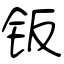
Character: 钣